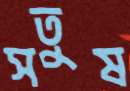
সতুষ